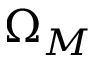
\Omega _ { M }